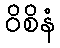
ဝိစိနံ